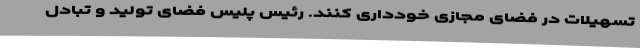
تسهیلات در فضای مجازی خودداری کنند. رئیس پلیس فضای تولید و تبادل